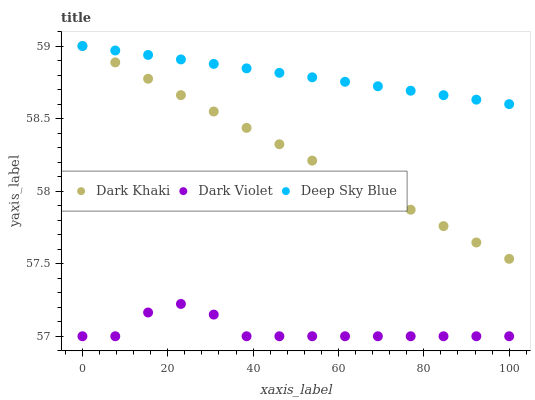
| xaxis_label | Dark Khaki | Dark Violet | Deep Sky Blue |
 | --- | --- | --- | --- |
 | 0 | 59 | 57 | 59 |
 | 7.69 | 58.9 | 57 | 59 |
 | 15.4 | 58.8 | 57.2 | 58.9 |
 | 23.1 | 58.7 | 57.2 | 58.9 |
 | 30.8 | 58.5 | 57.1 | 58.9 |
 | 38.5 | 58.4 | 57 | 58.8 |
 | 46.2 | 58.3 | 57 | 58.8 |
 | 53.8 | 58.2 | 57 | 58.8 |
 | 61.5 | 58.1 | 57 | 58.8 |
 | 69.2 | 58 | 57 | 58.7 |
 | 76.9 | 57.9 | 57 | 58.7 |
 | 84.6 | 57.8 | 57 | 58.7 |
 | 92.3 | 57.6 | 57 | 58.6 |
 | 100 | 57.5 | 57 | 58.6 |